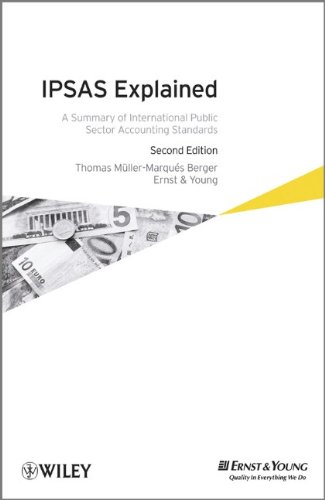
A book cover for IPSAS Explained: A Summary of International Public Sector Accounting Standards; Thomas Muller-Marques Berger; Business & Money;